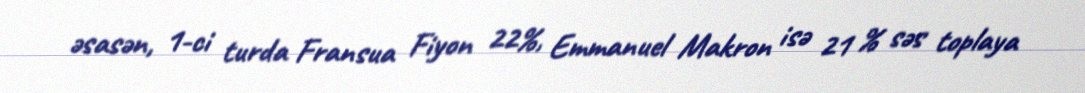
əsasən, 1-ci turda Fransua Fiyon 22%, Emmanuel Makron isə 21 % səs toplaya